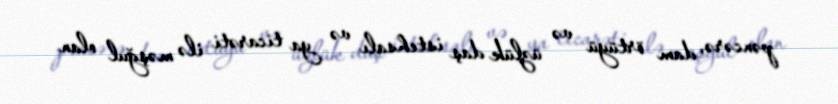
pəncərə, dam örtüyü və üzlük daş istehsalı və ya ticarəti ilə məşğul olan